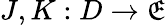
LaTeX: J,K:D\to\mathfrak{E}